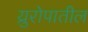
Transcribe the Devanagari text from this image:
य्रुरोपातील